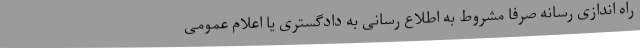
راه اندازی رسانه صرفا مشروط به اطلاع رسانی به دادگستری یا اعلام عمومی